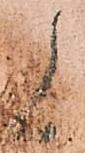
候